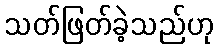
သတ်ဖြတ်ခဲ့သည်ဟု